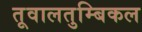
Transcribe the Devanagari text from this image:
तूवालतुम्बिकल